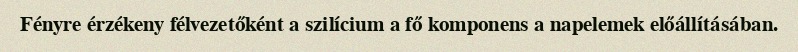
Fényre érzékeny félvezetőként a szilícium a fő komponens a napelemek előállításában.